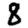
Digit: 8